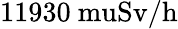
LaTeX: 11930\mathrm{\ mu{Sv/h}}